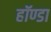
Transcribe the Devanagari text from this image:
हॉण्डा